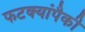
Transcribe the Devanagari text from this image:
फटक्यांपैकी